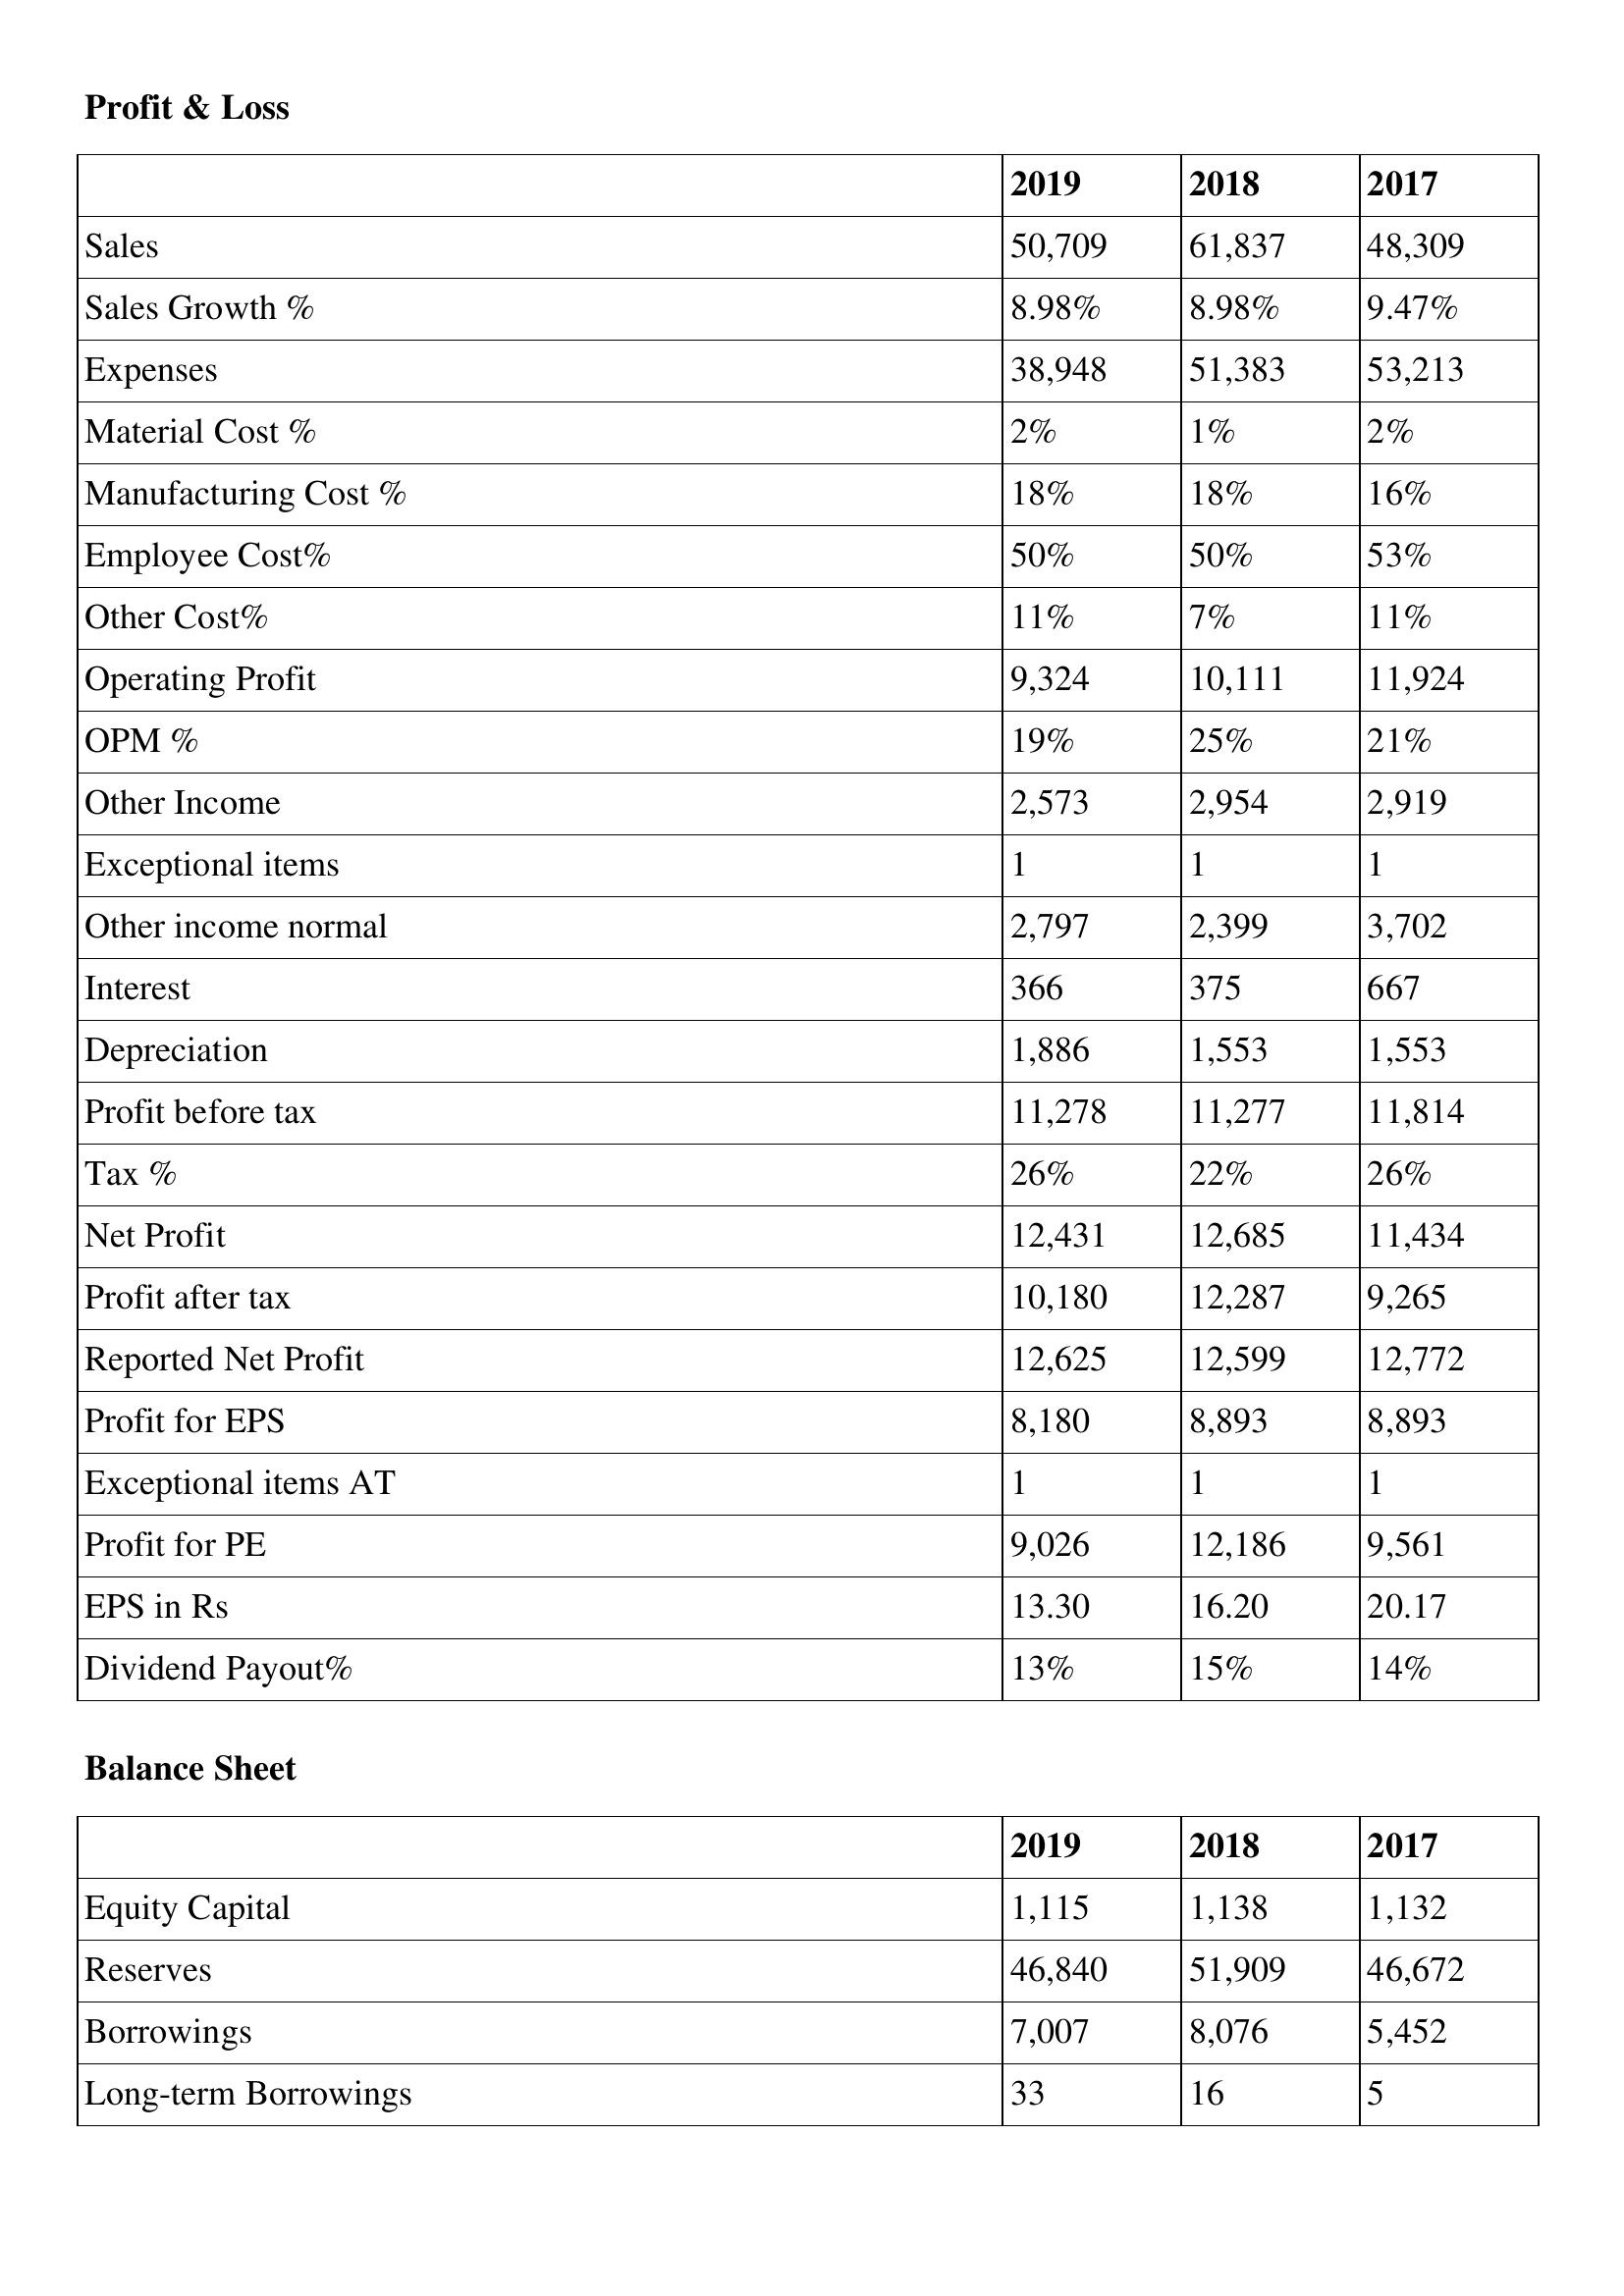
gt_parse: 2019: Profit & Loss: Sales: 50,709
Sales Growth %: 8.98%
Expenses: 38,948
Material Cost %: 2%
Manufacturing Cost %: 18%
Employee Cost%: 50%
Other Cost%: 11%
Operating Profit: 9,324
OPM %: 19%
Other Income: 2,573
Exceptional items: 1
Other income normal: 2,797
Interest: 366
Depreciation: 1,886
Profit before tax: 11,278
Tax %: 26%
Net Profit: 12,431
Profit after tax: 10,180
Reported Net Profit: 12,625
Profit for EPS: 8,180
Exceptional items AT: 1
Profit for PE: 9,026
EPS in Rs: 13.30
Dividend Payout%: 13%
Balance Sheet: Equity Capital: 1,115
Reserves: 46,840
Borrowings: 7,007
Long-term Borrowings: 33
2018: Profit & Loss: Sales: 61,837
Sales Growth %: 8.98%
Expenses: 51,383
Material Cost %: 1%
Manufacturing Cost %: 18%
Employee Cost%: 50%
Other Cost%: 7%
Operating Profit: 10,111
OPM %: 25%
Other Income: 2,954
Exceptional items: 1
Other income normal: 2,399
Interest: 375
Depreciation: 1,553
Profit before tax: 11,277
Tax %: 22%
Net Profit: 12,685
Profit after tax: 12,287
Reported Net Profit: 12,599
Profit for EPS: 8,893
Exceptional items AT: 1
Profit for PE: 12,186
EPS in Rs: 16.20
Dividend Payout%: 15%
Balance Sheet: Equity Capital: 1,138
Reserves: 51,909
Borrowings: 8,076
Long-term Borrowings: 16
2017: Profit & Loss: Sales: 48,309
Sales Growth %: 9.47%
Expenses: 53,213
Material Cost %: 2%
Manufacturing Cost %: 16%
Employee Cost%: 53%
Other Cost%: 11%
Operating Profit: 11,924
OPM %: 21%
Other Income: 2,919
Exceptional items: 1
Other income normal: 3,702
Interest: 667
Depreciation: 1,553
Profit before tax: 11,814
Tax %: 26%
Net Profit: 11,434
Profit after tax: 9,265
Reported Net Profit: 12,772
Profit for EPS: 8,893
Exceptional items AT: 1
Profit for PE: 9,561
EPS in Rs: 20.17
Dividend Payout%: 14%
Balance Sheet: Equity Capital: 1,132
Reserves: 46,672
Borrowings: 5,452
Long-term Borrowings: 5